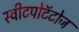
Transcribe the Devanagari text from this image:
स्वीटपोटॅटोज